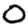
Digit: 0